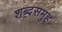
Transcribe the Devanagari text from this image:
शब्दसमुह